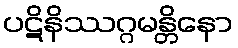
ပဋိနိဿဂ္ဂမန္တိနော